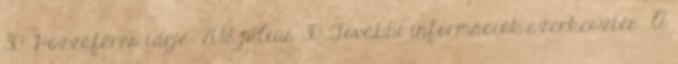
30. Hozzáférés ideje: 2018. július 30. További információk szerkesztés A